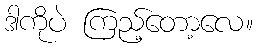
ဒါကိုပဲ ကြည့်တော့လေ။